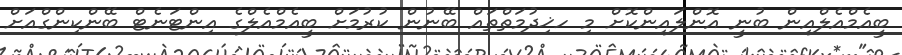
ބީއެމްއެލްއިން ބުނީ އޮންލައިންކޮށް މި ހޚިދުމަތްތައް ބޭނުން ކުރުމަށް ބީއެމްއެލްގެ އިންޓަނެޓް ބޭންކިންގްއަށް